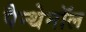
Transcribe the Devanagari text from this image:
पैन्थेनॉल